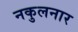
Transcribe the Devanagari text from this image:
नकुलनार